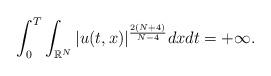
LaTeX: \begin{align*}\int_{0}^{T}\int_{\mathbb{R}^{N}}|u(t,x)|^{\frac{2(N+4)}{N-4}}dxdt=+\infty.\end{align*}